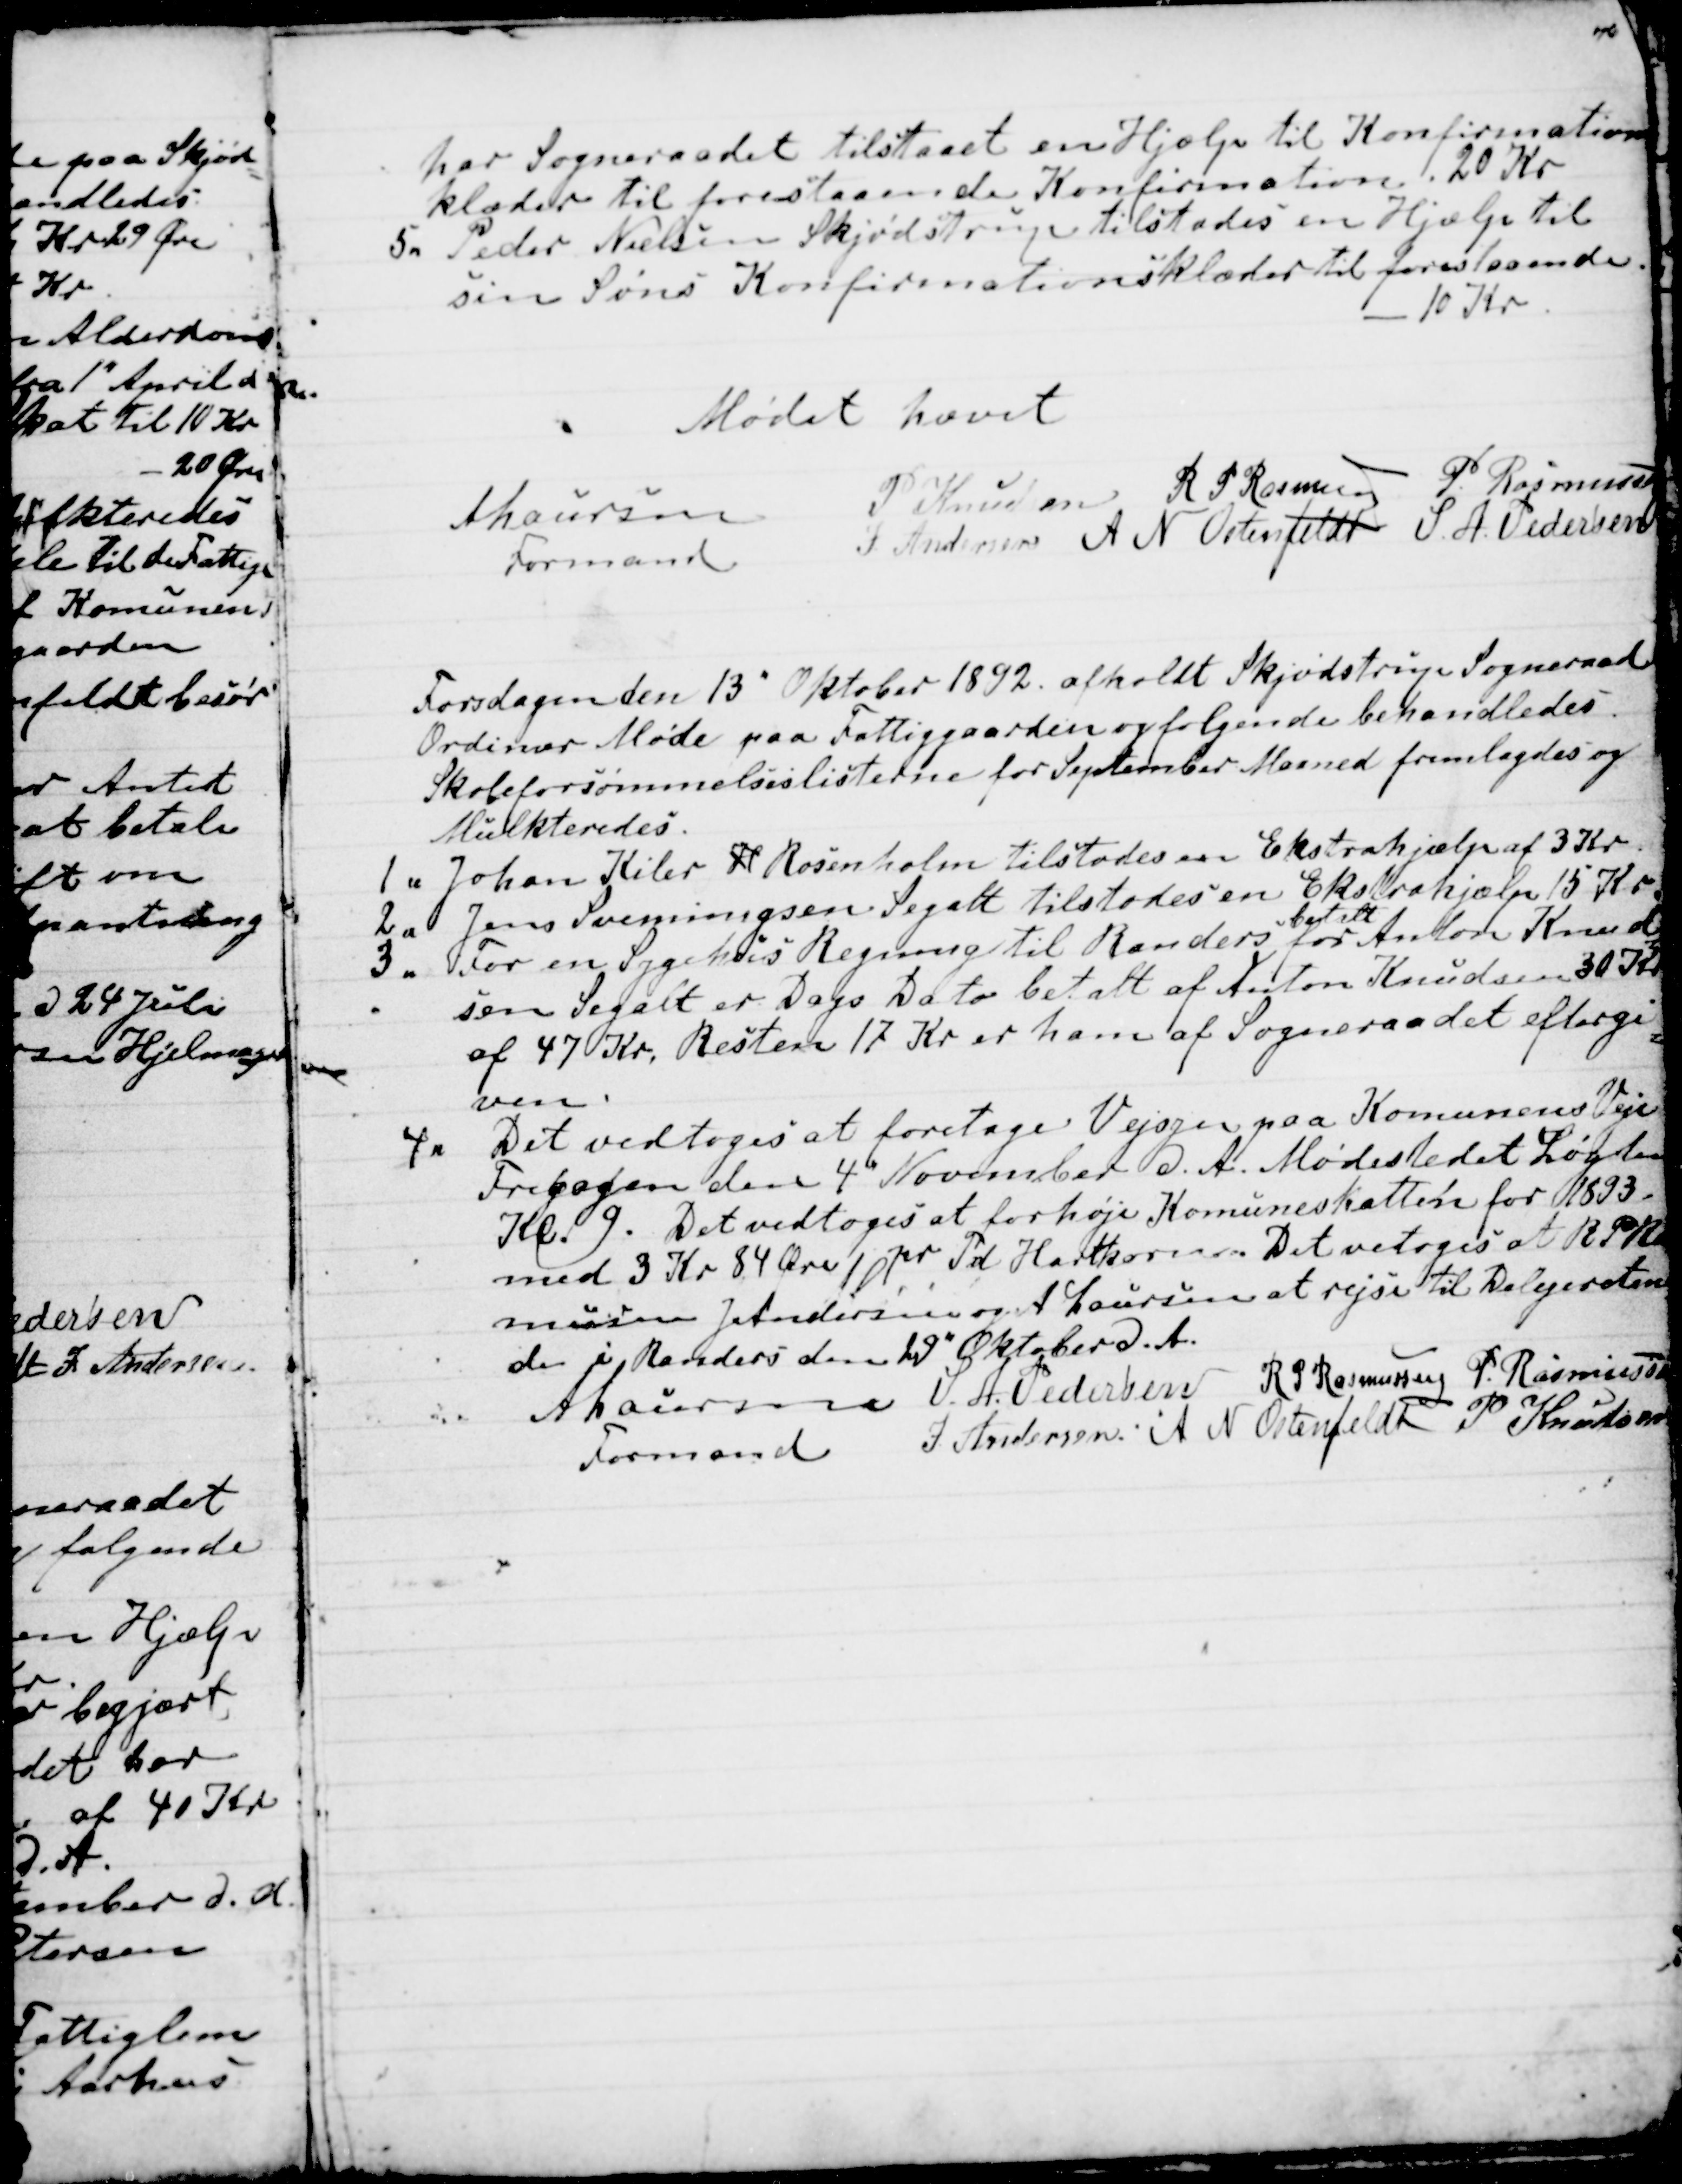
Transskription:
har Sogneraadet tilstaaet en Hjælp til Konfirmations
klæder til forestaaende Konfirmation. 20 Kr
5. Peder Nielsen Skjødstrup tilstodes en Hjælp til
sin Søns Konfirmationsklæder til forestaaende.
10 Kr
Mødet hævet
A Laursen
Formand
P Knudsen
R P Rasmussen
P Rasmussen
J. Andersen
A N Ostenfeldt
S. A. Pedersen

Torsdagen den 13" Oktober 1892. afholdt Skjødstrup Sogneraad
Ordinær Møde paa Fattiggaarden og følgende behandledes.
Skoleforsømmelseslisterne for September Maaned fremlagdes og
Mulkteredes
1. Johan Kiler H Rosenholm tilstodes en Ekstrahjælp af 3 Kr.
2. Jens Svenningsen Segalt tilstodes en Ekstrahjælp 15 Kr.
3. For en Sygehus Regning til Randers 
betalt
for Anton Knud-
sen Segalt er Dags Dato betalt af Anton Knudsen 30 Kr
af 47 Kr. Resten 17 Kr er ham af Sogneraadet eftergi
=
ven.
4.
Det vedtoges at foretage Vejsyn paa Kommunens Veje
Fredagen den 4" November d. A. Mødestedet Løgten 
Kl. 9. Det vedtoges at forhøje Kommuneskatten for 1893.
med 3 Kr 84 Øre pr Td Hartkorn. Det vedtoges at R P Ra
mussen J Andersen og A Laursen at rejse til Delegeretm
de i Randers den 29" Oktober d.A.
A Laursen
Formand
S. A. Pedersen
R P Rasmussen
P Rasmussen
J Andersen
A N Ostenfeldt
P Knudsen